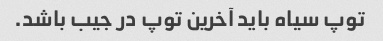
توپ سیاه باید آخرین توپ در جیب باشد.